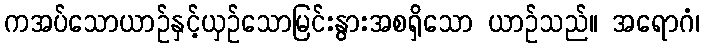
ကအပ်သောယာဉ်နှင့်ယှဉ်သောမြင်းနွားအစရှိသော ယာဉ်သည်။ အရောဂံ၊